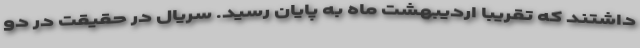
داشتند که تقریبا اردیبهشت ماه به پایان رسید. سریال در حقیقت در دو